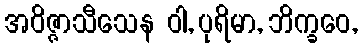
အဝိဇ္ဇာသီသေန ဝါ, ပုရိမာ, ဘိက္ခဝေ,